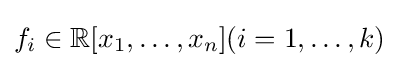
f_{i}\in \mathbb {R} [x_{1},\ldots ,x_{n}](i=1,\ldots ,k)